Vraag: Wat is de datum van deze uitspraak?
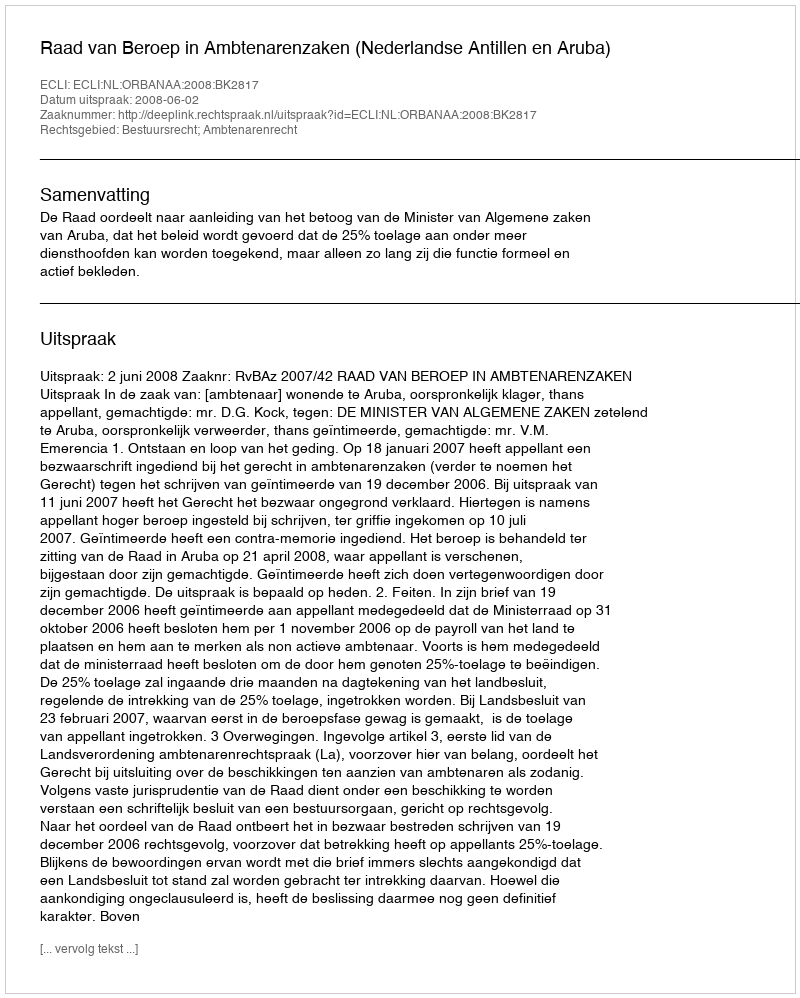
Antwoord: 2008-06-02